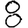
Digit: 8